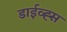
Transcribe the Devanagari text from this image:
डाईव्ह्स